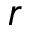
r